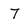
Character: 7